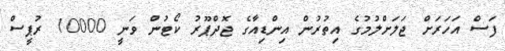
ފަސް އަހަރަށް ޖަލަށްލުމުގެ އިތުރުން އިންޑިއާގެ ޖޮދްޕޫރު ކޯޓުން ވަނީ 10000 ރުޕީސް